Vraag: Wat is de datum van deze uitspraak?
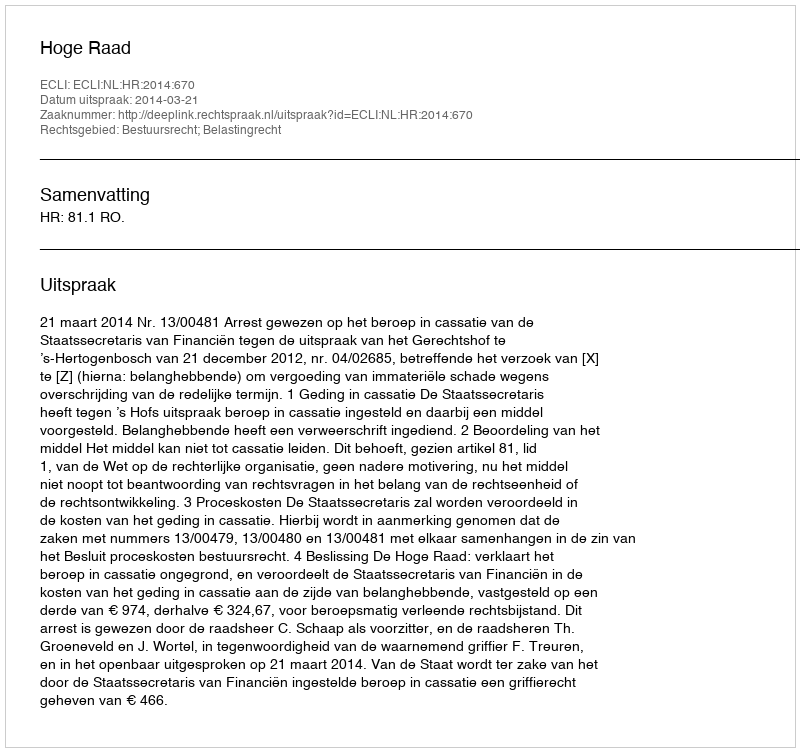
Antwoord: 2014-03-21